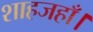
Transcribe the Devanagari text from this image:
शाहजहाँ।